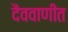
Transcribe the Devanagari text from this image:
दैववाणींत